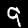
Label: 9